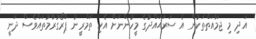
އަދި މި ޖަމާއަތްތަކުން އެ ސަރަޙައްދުގެ މީހުންނަށް އެކި ތަމްރީނު ޕްރޯގުރާމުތައްވެސް ދަނީ